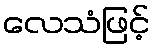
လေသံဖြင့်